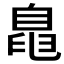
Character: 𱼨